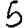
Digit: 5